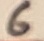
Text: 6